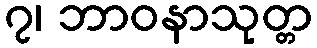
၇၊ ဘာဝနာသုတ္တ